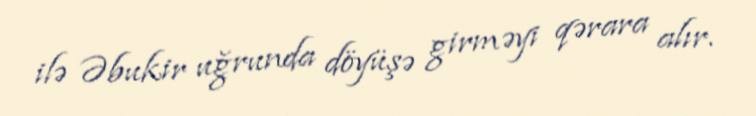
ilə Əbukir uğrunda döyüşə girməyi qərara alır.